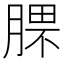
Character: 𣎈